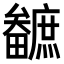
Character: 𤳼